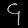
Digit: ၄